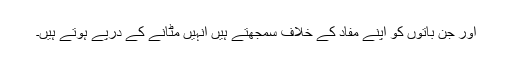
اور جن باتوں کو اپنے مفاد کے خلاف سمجھتے ہیں انہیں مٹانے کے درپے ہوتے ہیں۔